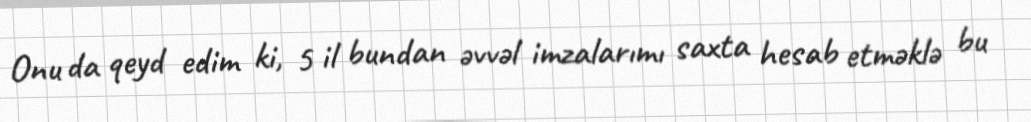
Onu da qeyd edim ki, 5 il bundan əvvəl imzalarımı saxta hesab etməklə bu